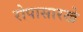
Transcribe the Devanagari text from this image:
रोपासारखे